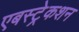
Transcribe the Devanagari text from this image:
एबस्ट्रेकशन